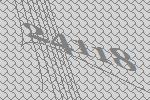
24118